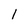
Character: 1